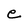
Character: e